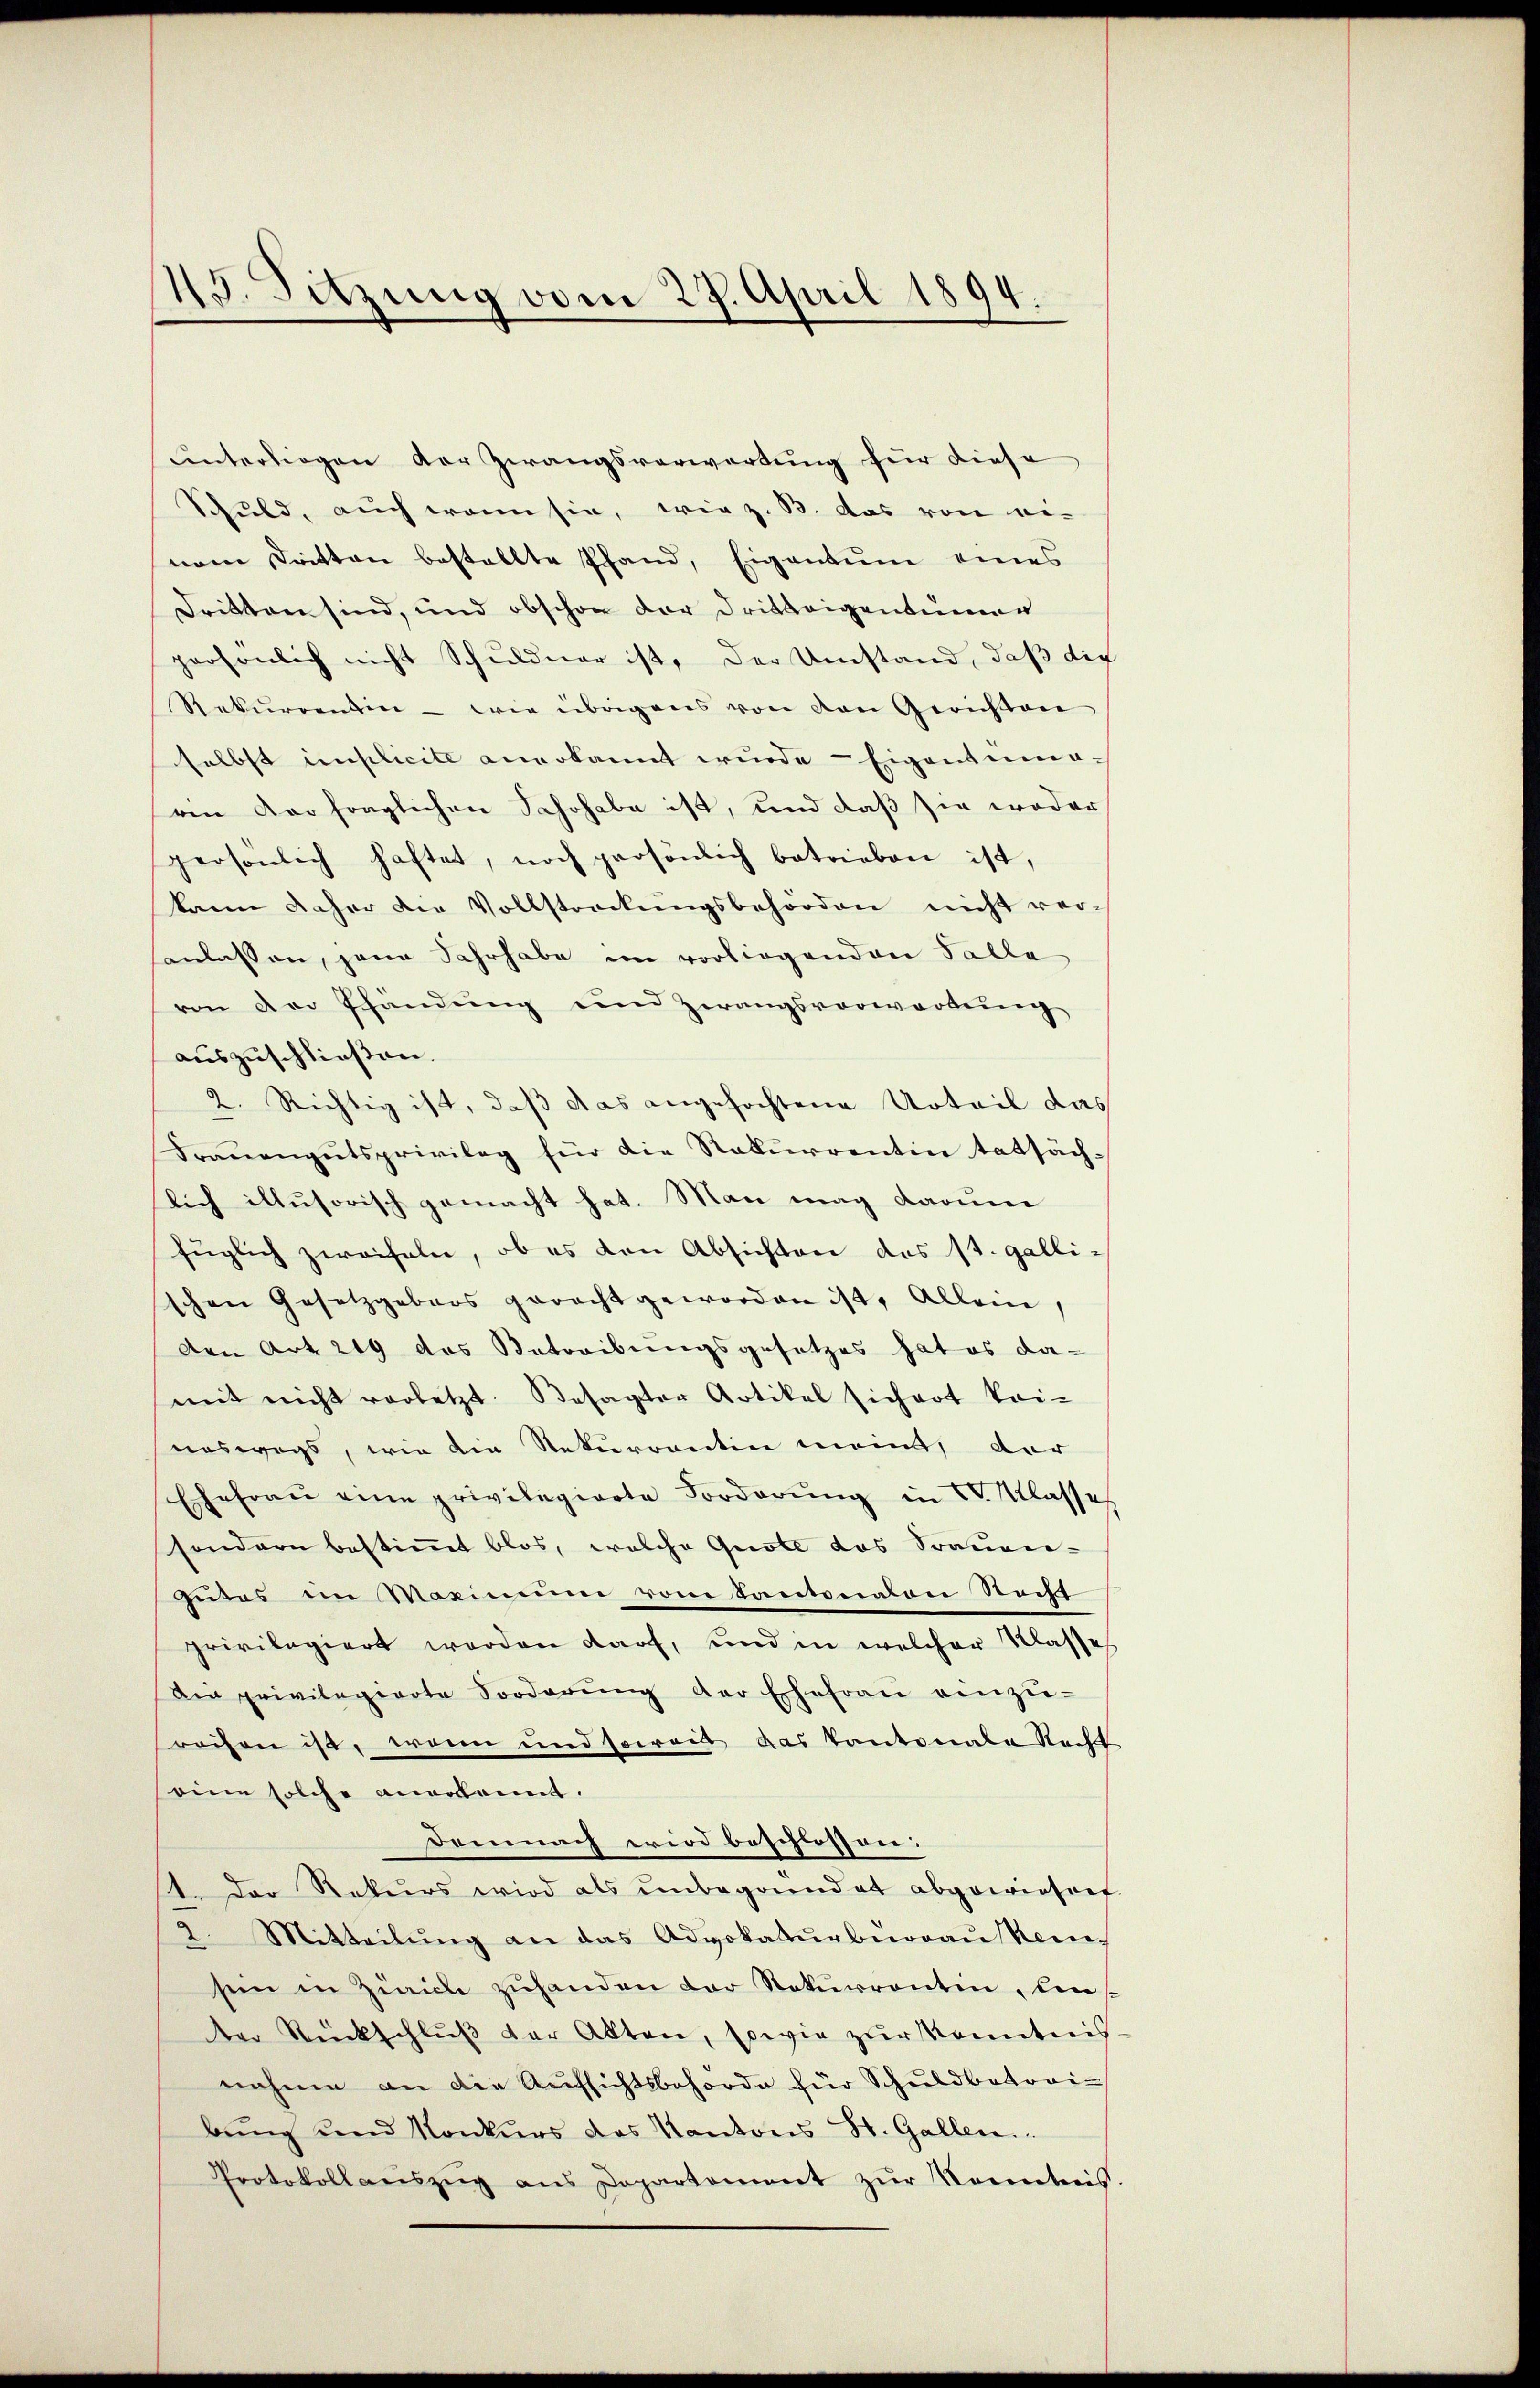
48. Sitzung vom 27. April 1894.

unterliegen der Zwangsverwertung für diese
Schuld, auch wenn sie, wie z. B. das von ei-
nem Dritten bestellte Pfand, Eigentum eines
dritten sind, und obschon der Dritteigentümer
persönlich nicht Schuldner ist, der Umstand, daß die
Rekŭrrentin - wie übrigens von den Gerichten
selbst implicite anerkannt wurde - Eigentumaren Vorfraglichen Schohabe ist, und daß sie weder
persönlich haftet, noch persönlich betrieben ist,
kann daher die Vollstreckungsbehörden nicht veranlassen, jene Jahrhabe im vorliegenden Falle
von der Pfändung und Zwangsvorwortung
auszuschließen.
2. Richtig ist, daß das angefochtene Urteil das
Frauengutsprivileg für die Rekurrentin tatsäch:
lich illusorisch gemacht hat. Man mag darum
fŭglich zweifeln, ob es den Absichten des St. Galli-
schen Gesetzgebers geracht geworden ist. Allein,
den Art. 219 des Betreibungsgesetzes hat es da-
mit nicht vorletzt. Besagter Artikel sichert kai-
neswegs, wie die Rekurrentin meint, der
Ehefrau eine privilegierte Forderŭng in V. Klasse
sondern bestimmt blos, welche Quote das Trauen-
Putos im Maximum vom Santonalen Recht
privilegiert worden darf, und in welcher Klasse
Die privilegierte Sorderŭng der Ehefraŭ einzŭ-
rochen ist, wann und soweit das kantonale Recht
eine solche anerkannt.
Demnach wird beschlossen:
14. Der Rekurs wird als unbegründet abgewiesen
. Mitteilung an das Advokaturberau Kemsein in Zürich zuhanden der Rekurrentin, den
ter Rückschlŭβ der Akten, sowie zur Kenntnis
nahme an die Aufsichtsbehörde für Schuldbetraibŭng und Konkŭrs des Kantons St. Gallen.
Protokoll aŭszŭg ans Departement zŭr Kontreis